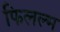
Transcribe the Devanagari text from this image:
फिलल्म